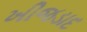
ખીજડાદ